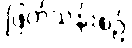
ဖြတ်သန်းစဉ်